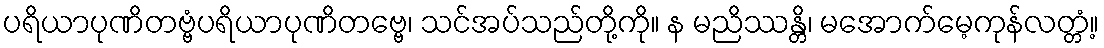
ပရိယာပုဏိတဗ္ဗံပရိယာပုဏိတဗ္ဗေ၊ သင်အပ်သည်တို့ကို။ န မညိဿန္တိ၊ မအောက်မေ့ကုန်လတ္တံ့။